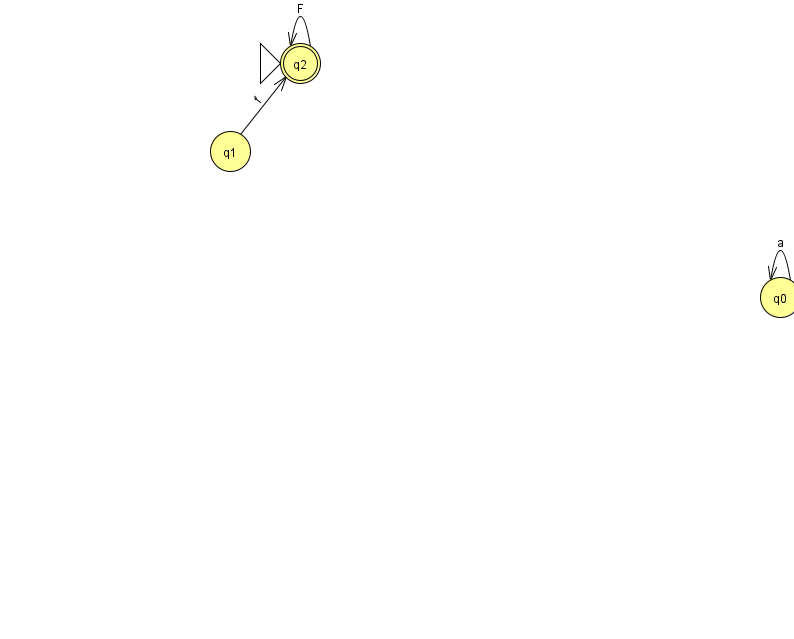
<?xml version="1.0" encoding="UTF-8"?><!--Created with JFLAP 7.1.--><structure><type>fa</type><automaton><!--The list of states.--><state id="0" name="q0"><x>780.0</x><y>284.0</y></state><state id="1" name="q1"><x>230.0</x><y>138.0</y></state><state id="2" name="q2"><x>300.0</x><y>50.0</y><initial/><final/></state><!--The list of transitions.--><transition><from>0</from><to>0</to><read>a</read></transition><transition><from>2</from><to>2</to><read>F</read></transition><transition><from>1</from><to>2</to><read>f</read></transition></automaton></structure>